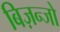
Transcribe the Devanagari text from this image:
बिज़न्जो